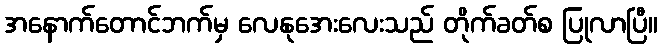
အနောက်တောင်ဘက်မှ လေနုအေးလေးသည် တိုက်ခတ်စ ပြုလာပြီ။